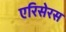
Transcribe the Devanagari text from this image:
एरिसेरस